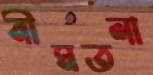
নীমতলা